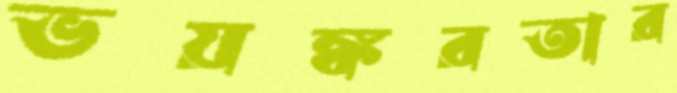
ভয়ঙ্করতার